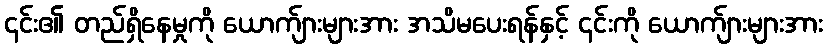
၎င်း၏ တည်ရှိနေမှုကို ယောက်ျားများအား အသိမပေးရန်နှင့် ၎င်းကို ယောက်ျားများအား